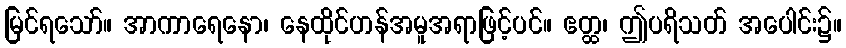
မြင်ရသော်။ အာကာရေနော၊ နေထိုင်ဟန်အမူအရာဖြင့်ပင်။ ဧတ္ထ၊ ဤပရိသတ် အပေါင်း၌။